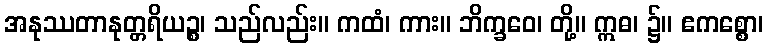
အနုဿတာနုတ္တရိယဉ္စ၊ သည်လည်း။ ကထံ၊ ကား။ ဘိက္ခဝေ၊ တို့။ ဣဓ၊ ၌။ ဧကစ္စော၊